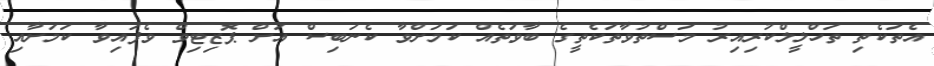
އެތަކެތި ތަހްލީލްކުރިއިރު މަސްތުވާތަކެތީގެ ބާވަތެއް ކަމަށްވާ ކެނަބިސް އަށް ޕޮޒިޓިވް ވެފައިވާ ކަމަށާއި